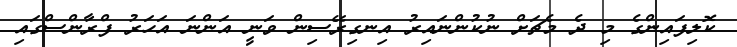
ކޮލިފައިންގެ މި ދެ މެޗަށް ނުކުންނައިރު އިނގިރޭސިން ވަނީ އަންނަ އަހަރު ފްރާންސްގައި